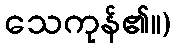
သေကုန်၏။)